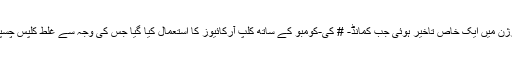
آخری ورژن میں ایک خاص تاخیر ہوئی جب کمانڈ- # کی-کومبو کے ساتھ کلپ آرکائیوز کا استعمال کیا گیا جس کی وجہ سے غلط کلپس چسپاں ہوئیں۔